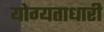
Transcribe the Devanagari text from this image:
योग्यताधारी